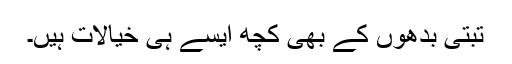
تبتی بدھوں کے بھی کچھ ایسے ہی خیالات ہیں۔